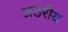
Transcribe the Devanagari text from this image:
अठरीय